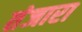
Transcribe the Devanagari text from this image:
तंजारा